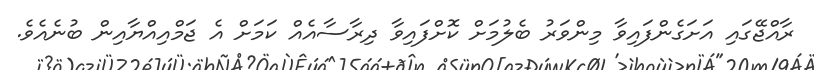
ރާއްޖޭގައި އަށަގެންފައިވާ މިންވަރު ބެލުމަށް ކޮށްފައިވާ ދިރާސާއެއް ކަމަށް އެ ޖަމްއިއްޔާއިން ބުނެއެވެ.